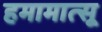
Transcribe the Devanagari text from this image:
हमामात्सू